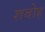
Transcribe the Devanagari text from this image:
शबोह